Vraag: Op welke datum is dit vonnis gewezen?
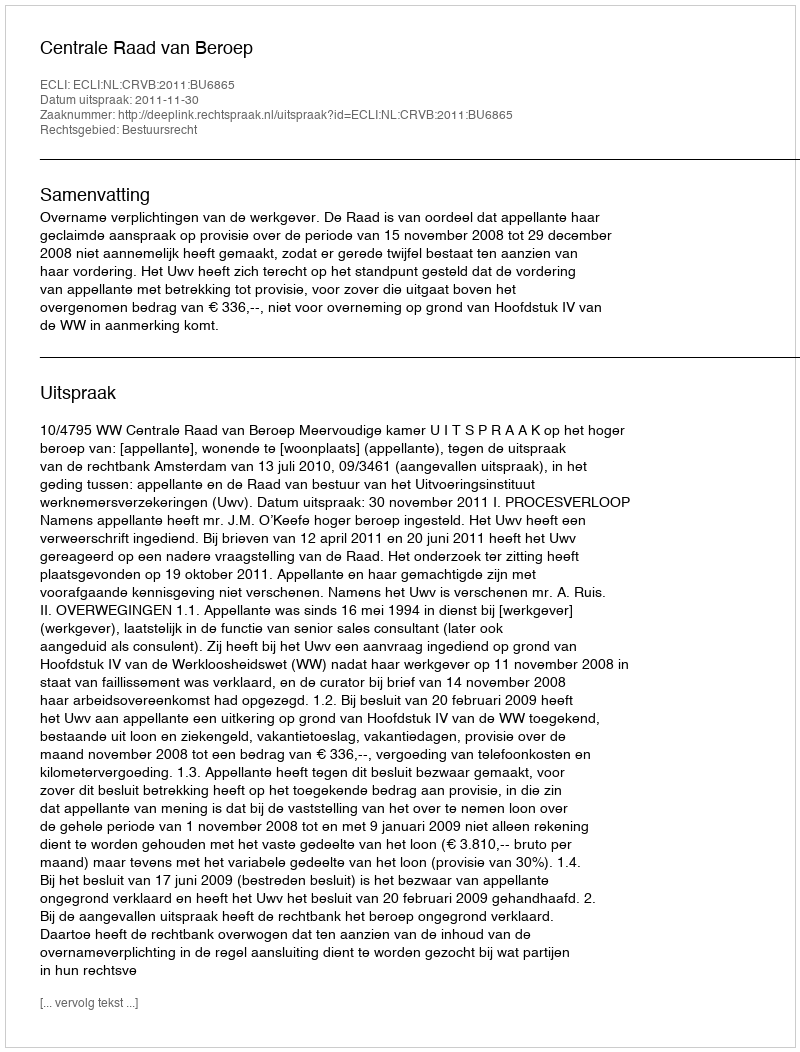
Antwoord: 2011-11-30